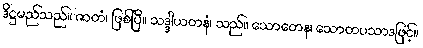
ဒိဋ္ဌမည်သည်။ ဇာတံ၊ ဖြစ်ပြီ။ သဒ္ဒါယတနံ၊ သည်။ သောတေန၊ သောတပသာဒဖြင့်။